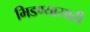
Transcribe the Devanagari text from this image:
भिडण्यासाठी